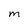
Character: M